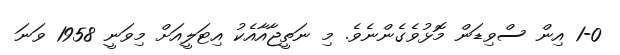
1-0 އިން ސްވިޑަން މޮޅުވެގެންނެވެ. މި ނަތީޖާއާއެކު އިޓަލީއަށް މިވަނީ 1958 ވަނަ